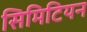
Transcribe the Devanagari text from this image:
सिमिटियन